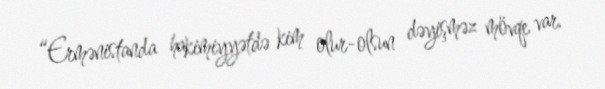
“Ermənistanda hakimiyyətdə kim olur-olsun dəyişməz mövqe var.